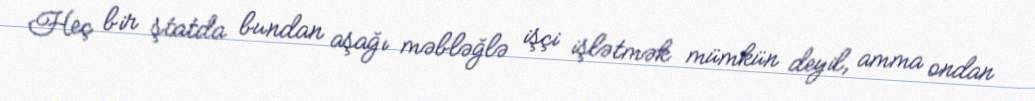
Heç bir ştatda bundan aşağı məbləğlə işçi işlətmək mümkün deyil, amma ondan